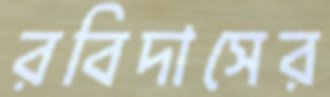
রবিদাসের